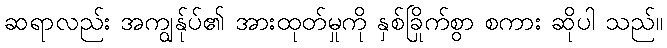
ဆရာလည်း အကျွန်ုပ်၏ အားထုတ်မှုကို နှစ်ခြိုက်စွာ စကား ဆိုပါ သည်။